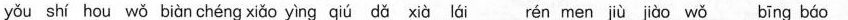
yǒu shí hou wǒ biàn chéng xiǎo yìng qiú dǎ xià lái rén men jiù jiào wǒ bīng báo